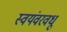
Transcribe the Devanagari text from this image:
स्वयंवरवधू